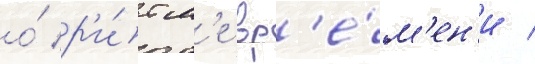
о́ р'и́тм'е вр'е́м'ен'и /